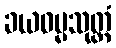
ခယဓမ္မသုတ္တံ